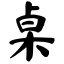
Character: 桌